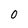
Character: 0